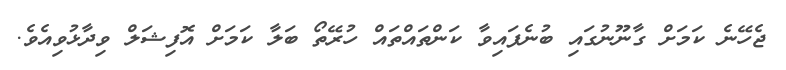
ޖެހޭނެ ކަމަށް ގާނޫނުގައި ބުނެފައިވާ ކަންތައްތައް ހުރޭތޯ ބަލާ ކަމަށް އޮފިޝަލް ވިދާޅުވިއެވެ.